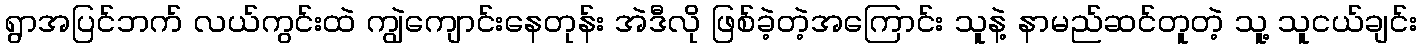
ရွာအပြင်ဘက် လယ်ကွင်းထဲ ကျွဲကျောင်းနေတုန်း အဲဒီလို ဖြစ်ခဲ့တဲ့အကြောင်း သူနဲ့ နာမည်ဆင်တူတဲ့ သူ့ သူငယ်ချင်း